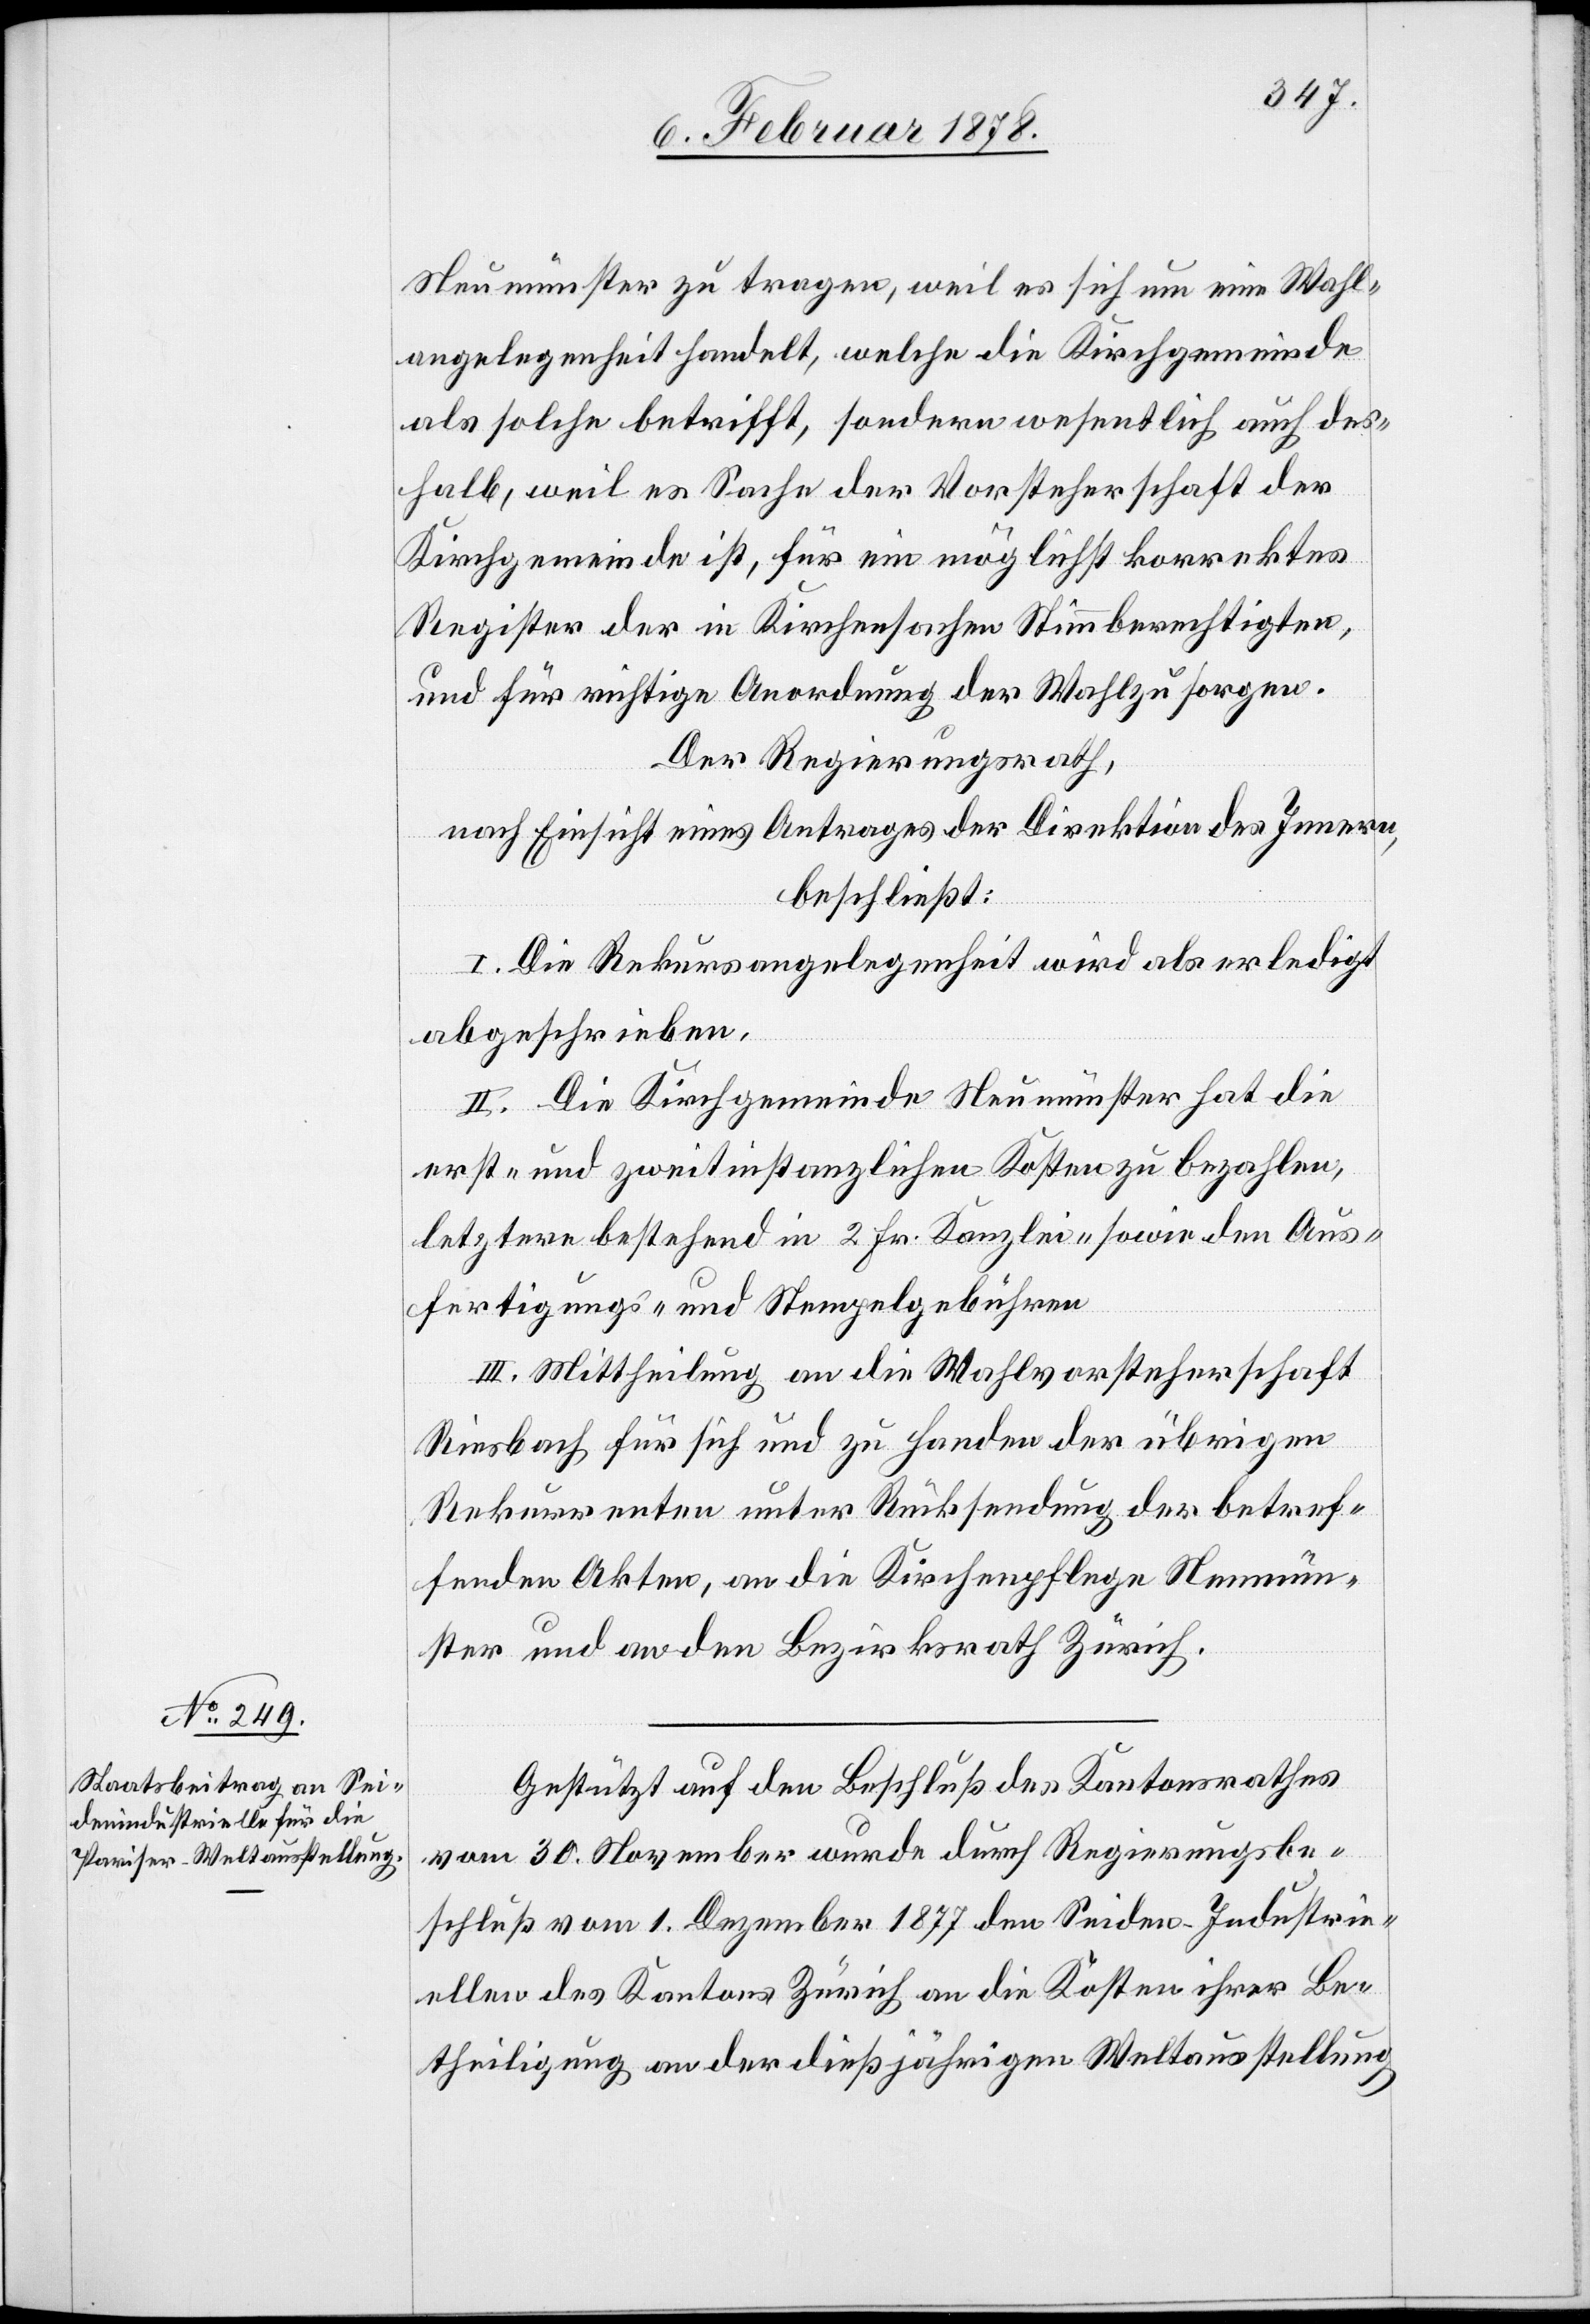
Neumünster zu tragen, weil es sich um eine Wahl¬
angelegenheit handelt, welche die Kirchgemeinde
als solche betrifft, sondern wesentlich auch des¬
halb, weil es Sache der Vorsteherschaft der
Kirchgemeinde ist, für ein möglichst korrektes
Register der in Kirchensachen Stimmberechtigten,
und für richtige Anordnung der Wahl zu sorgen.
Der Regierungsrath,
nach Einsicht eines Antrages der Direktion des Innern,
beschließt:
I. Die Rekursangelegenheit wird als erledigt
abgeschrieben.
II. Die Kirchgemeinde Neumünster hat die
erst- und zweitinstanzlichen Kosten zu bezahlen,
letztere bestehend in 2 Fr. Kanzlei-[,] sowie den Aus¬
fertigungs- und Stempelgebühren.
III. Mittheilung an die Wahlvorsteherschaft
Riesbach für sich und zu Handen der übrigen
Rekurrenten unter Rücksendung der betref¬
fenden Akten, an die Kirchenpflege Neumün¬
ster und an den Bezirksrath Zürich.
Gestützt auf den Beschluß des Kantonsrathes
vom 30. November wurde durch Regierungsbe¬
schluß vom 1. Dezember 1877 den Seiden-Industrie¬
llen des Kantons Zürich an die Kosten ihrer Be¬
theiligung an der dießjährigen Weltausstellung